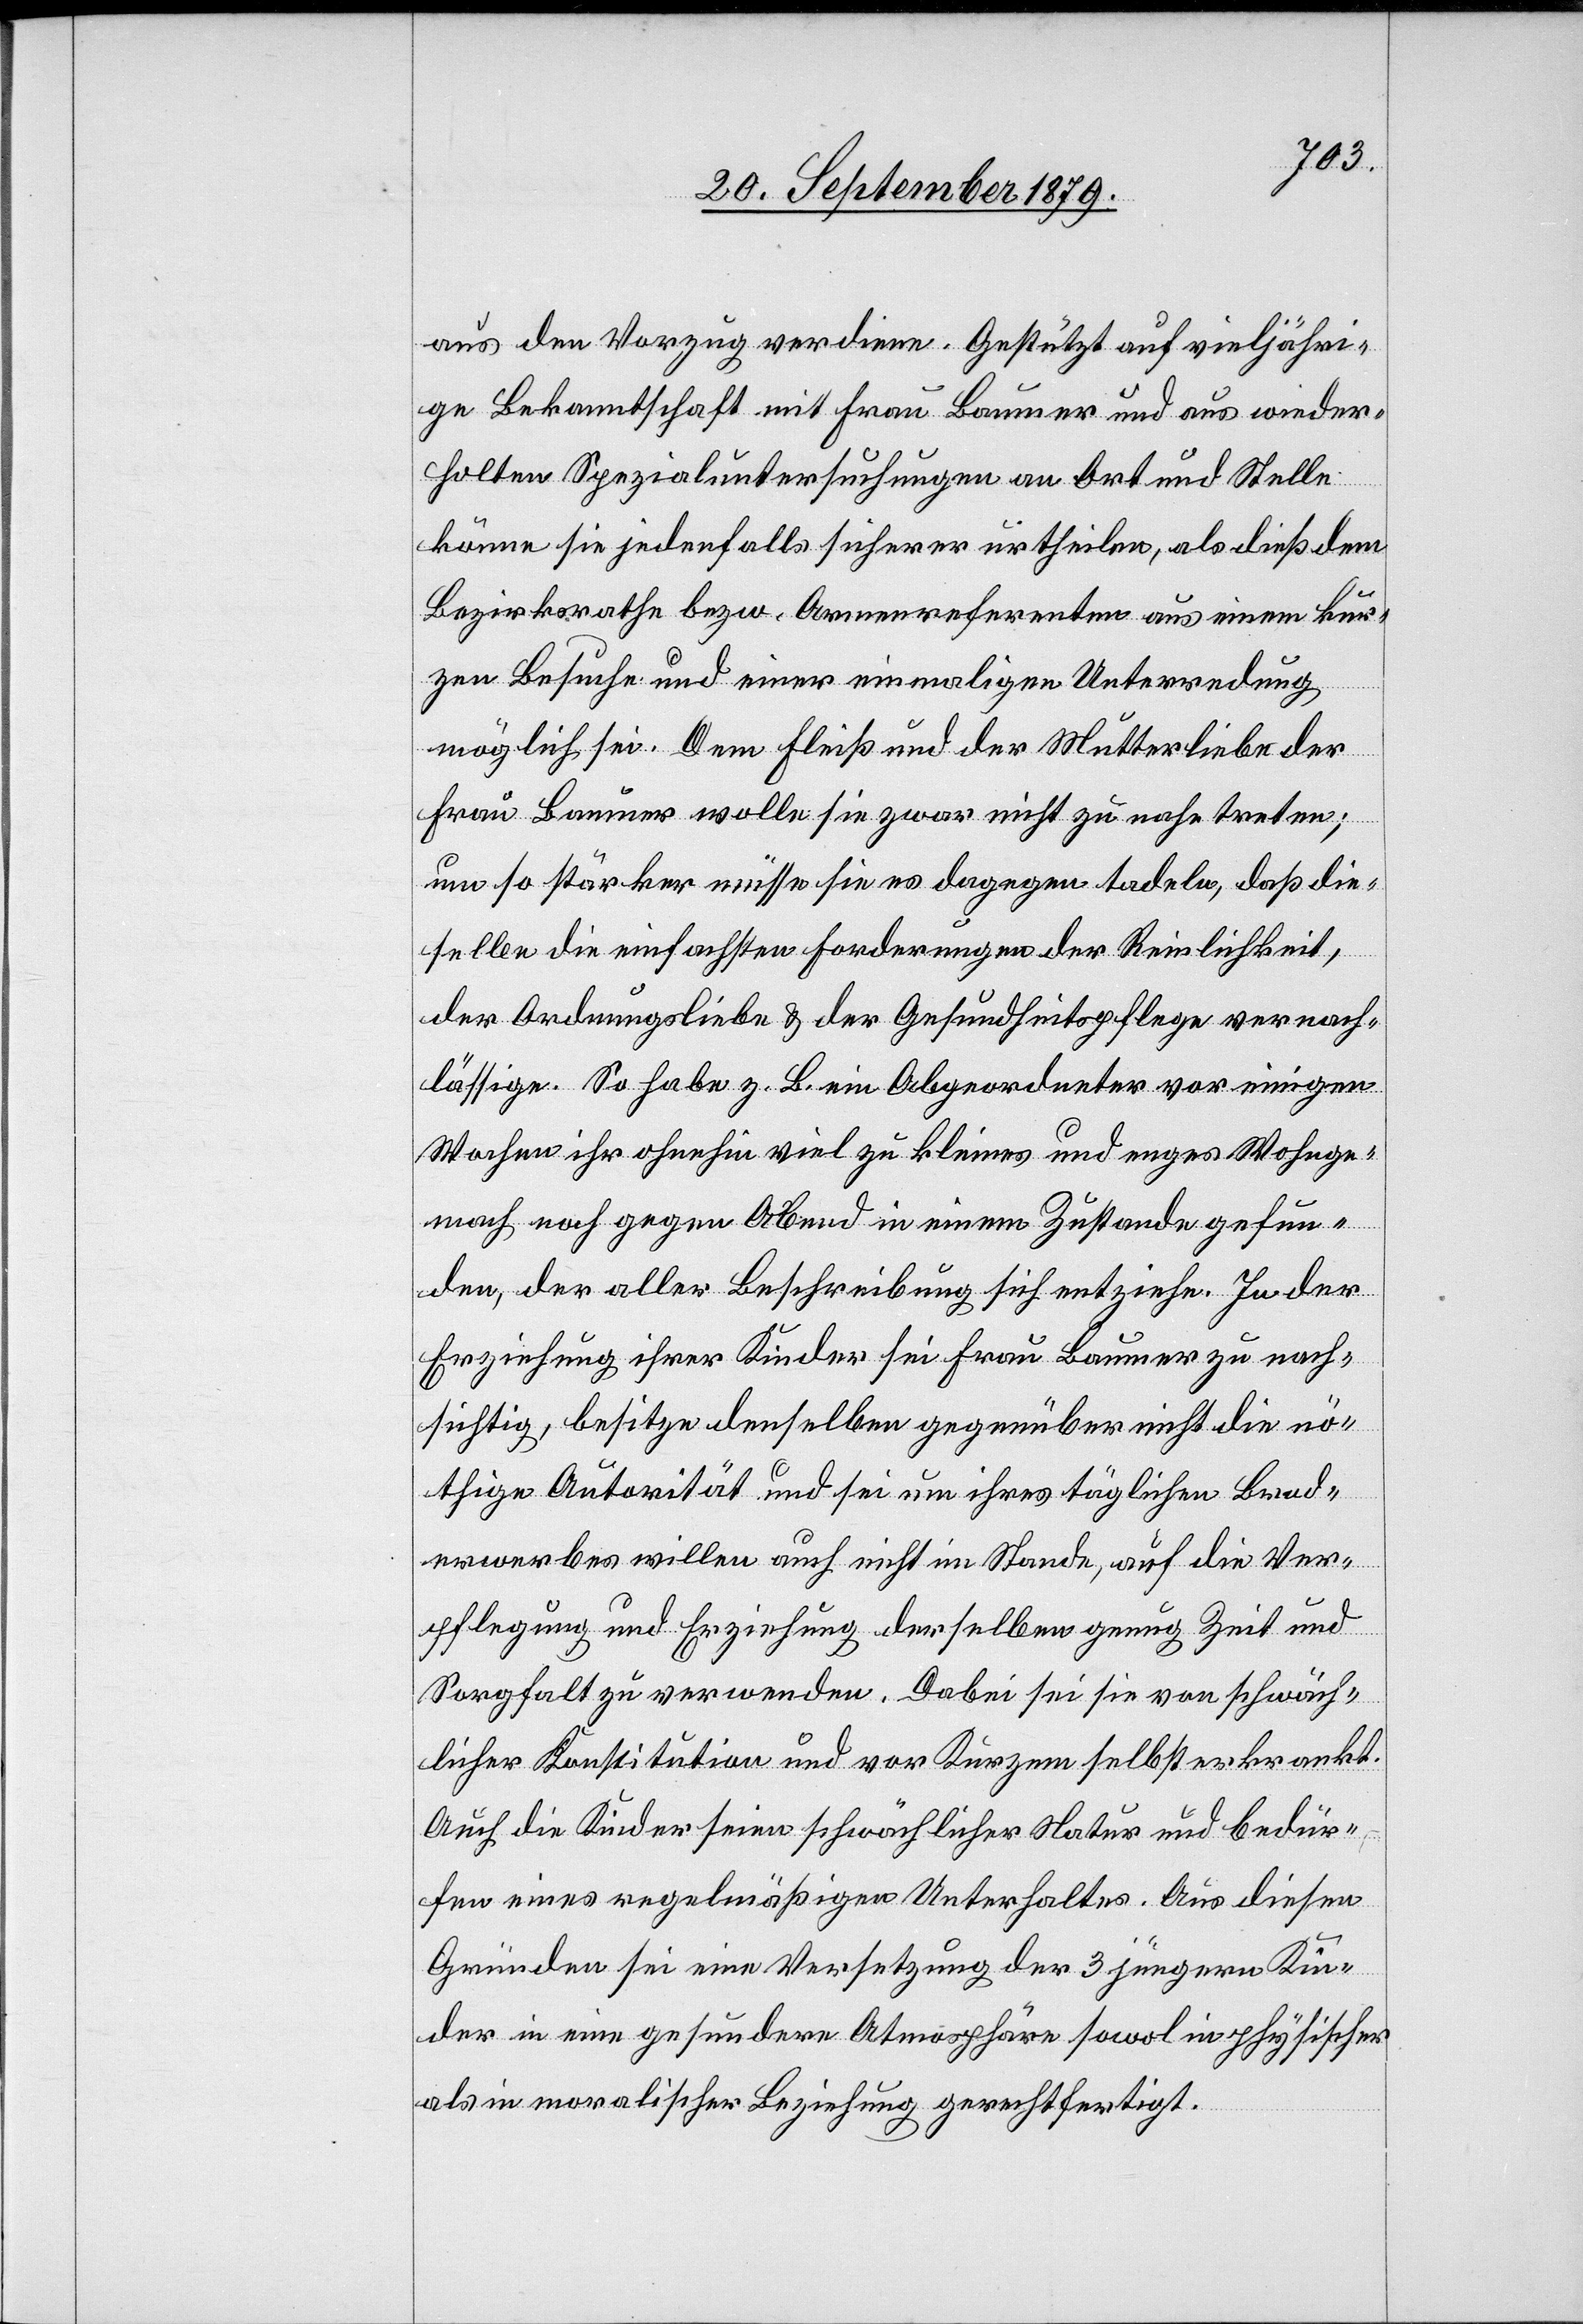
aus den Vorzug verdiene. Gestützt auf vieljähri¬
ge Bekanntschaft mit Frau Baumer und aus wieder¬
holten Spezialuntersuchungen an Ort und Stelle
könne sie jedenfalls sicherer urtheilen, als dieß dem
Bezirksrathe bezw. Armenreferenten aus einem kur¬
zen Besuche und einer einmaligen Unterredung
möglich sei. Dem Fleiß und der Mutterliebe der
Frau Baumer wolle sie zwar nicht zu nahe treten;
um so stärker müsse sie es dagegen tadeln, daß die¬
selbe die einfachsten Forderungen der Reinlichkeit,
der Ordnungsliebe & der Gesundheitspflege vernach¬
lässige. So habe z. B. ein Abgeordneter vor einigen
Wochen ihr ohnehin viel zu kleines und enges Wohnge¬
mach noch gegen Abend in einem Zustande gefun¬
den, der aller Beschreibung sich entziehe. In der
Erziehung ihrer Kinder sei Frau Baumer zu nach¬
sichtig, besitze denselben gegenüber nicht die nö¬
thige Autorität und sei um ihres täglichen Brod¬
erwerbes willen auch nicht im Stande, auf die Ver¬
pflegung und Erziehung derselben genug Zeit und
Sorgfalt zu verwenden. Dabei sei sie von schwäch¬
licher Konstitution und vor Kurzem selbst erkrankt.
Auch die Kinder seien schwächlicher Natur und bedür¬
fen eines regelmäßigen Unterhaltes. Aus diesen
Gründen sei eine Versetzung der 3 jüngern Kin¬
der in eine gesundere Atmosphäre sowol in physischer
als in moralischer Beziehung gerechtfertigt.